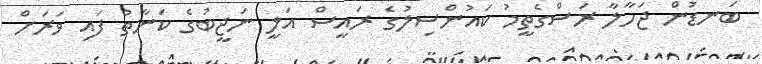
ބަނޑުން ޖަހާލާ ރަސްގެތީމު ކައުންސިލުގެ ރައީސް އަލީ ނަޖީބުގެ ކަނާތު ފައި ވަރަށް